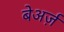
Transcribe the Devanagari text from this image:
बेअर्ज़